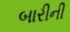
બારીની